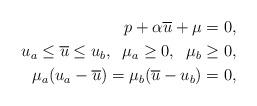
LaTeX: \begin{align*}p+\alpha \overline{u}+\mu=0, \\u_{a}\le \overline{u} \le u_{b}, \;\; \mu_{a}\ge 0, \;\;\mu_{b}\ge 0, \\\mu_{a}(u_{a}-\overline{u})=\mu_{b}(\overline{u}-u_{b})=0, \end{align*}